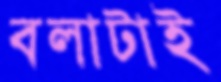
বলাটাই